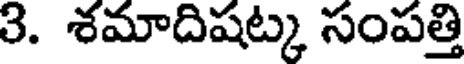
3. శమాదిషట్క సంపత్తి